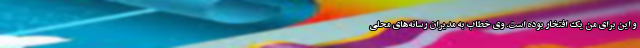
و این برای من یک افتخار بوده است. وی خطاب به مدیران رسانه‌های محلی